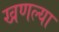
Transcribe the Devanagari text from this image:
खणल्या